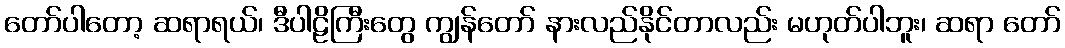
တော်ပါတော့ ဆရာရယ်၊ ဒီပါဠိကြီးတွေ ကျွန်တော် နားလည်နိုင်တာလည်း မဟုတ်ပါဘူး၊ ဆရာ တော်